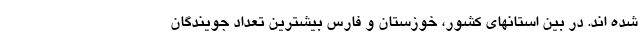
شده اند. در بین استانهای کشور، خوزستان و فارس بیشترین تعداد جویندگان